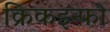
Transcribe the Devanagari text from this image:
क्रिकइन्फो